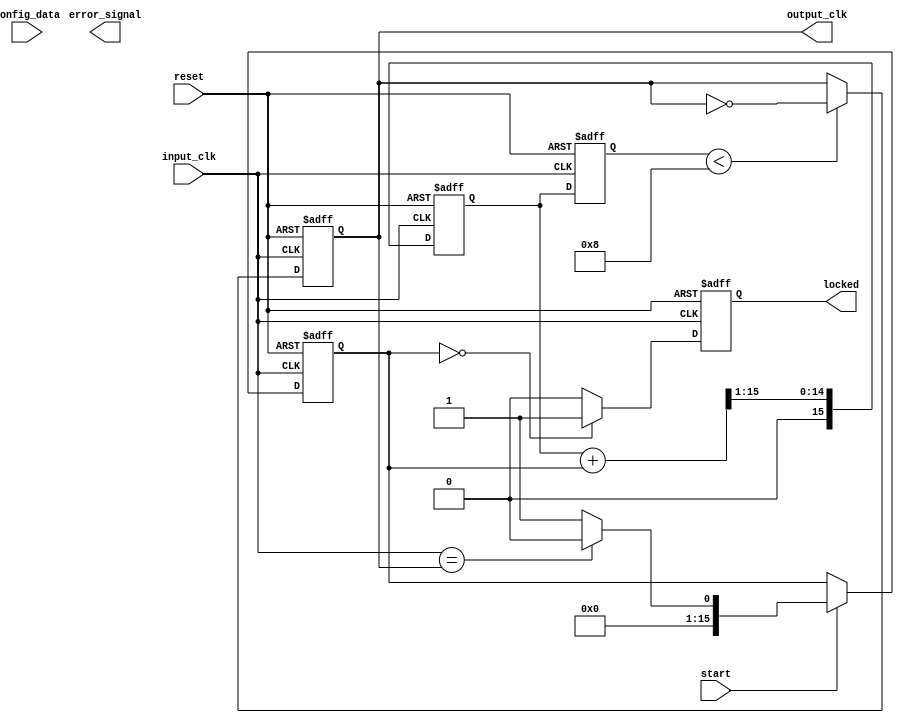
module integer_n_pll (
    input_clk,          // Reference clock input
    reset,             // Reset signal
    start,             // Start signal for the PLL
    output_clk,        // Output clock from the VCO
    error_signal,      // Error signal from Phase Detector
    config_data,       // Configuration data for programmable parameters
    locked             // Indicates PLL locked state
);

// Parameters
parameter N = 4;        // Integer divider value
parameter VCO_TUNING_RANGE = 8; // Range of VCO adjustment

// Input and Output declarations
input  input_clk;
input  reset;
input  start;
input  [15:0] config_data; // Example configuration data width
output reg output_clk;
output reg error_signal;
output reg locked;

// Internal signals
reg [15:0] phase_detector_out;
reg [15:0] loop_filter_out;
reg [15:0] vco_control_voltage;
reg [3:0] vco_output_freq; // VCO output frequency select
reg [7:0] divider_counter; // Divider for phase comparison

// Memory Blocks to store configuration
reg [15:0] mem_divider; // For divider values
reg [15:0] mem_loop_filter; // Loop filter parameters

// Phase Detector (PD)
always @(posedge input_clk or posedge reset) begin
    if (reset) begin
        phase_detector_out <= 0;
    end else if (start) begin
        // Simple phase comparison logic (not a real implementation)
        phase_detector_out <= (input_clk == output_clk) ? 0 : 1; // Dummy logic
    end 
end

// Loop Filter (LF)
always @(posedge input_clk or posedge reset) begin
    if (reset) begin
        loop_filter_out <= 0;
    end else begin
        loop_filter_out <= (loop_filter_out + phase_detector_out) >> 1; // Sample first-order filter
    end 
end

// Voltage-Controlled Oscillator (VCO)
always @(posedge input_clk or posedge reset) begin
    if (reset) begin
        vco_control_voltage <= 0;
        output_clk <= 0;
    end else begin
        vco_control_voltage <= loop_filter_out; // Control voltage from LF
        
        // Simple VCO logic for demonstration
        if (vco_control_voltage < VCO_TUNING_RANGE) begin
            output_clk <= ~output_clk; // Generate output clock
        end
    end 
end

// Dividers
always @(posedge input_clk or posedge reset) begin
    if (reset) begin
        divider_counter <= 0;
    end else begin
        divider_counter <= divider_counter + 1;
        if (divider_counter == N) begin
            // Manual division operation for phase comparison
            divider_counter <= 0; // Reset counter
        end 
    end 
end

// Memory Blocks
always @(posedge input_clk or posedge reset) begin
    if (reset) begin
        mem_divider <= 0;
        mem_loop_filter <= 0;
    end else if (start) begin
        mem_divider <= config_data[7:0]; // Store divider from config_data
        mem_loop_filter <= config_data[15:8]; // Store loop filter param
    end
end

// Lock Detection
always @(posedge input_clk or posedge reset) begin
    if (reset) begin
        locked <= 0;
    end else begin
        // Dummy lock detection based on phase alignment
        locked <= (phase_detector_out == 0) ? 1 : 0;
    end 
end

endmodule